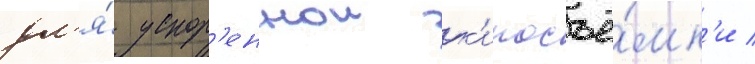
дл'я́ ускор'еннои к'иносъё́мк'и /